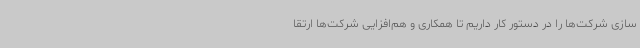
سازی شرکت‌ها را در دستور کار داریم تا همکاری و هم‌افزایی شرکت‌ها ارتقا